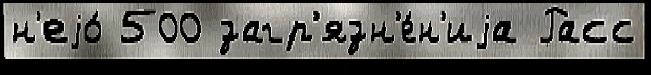
н'еjо́ 500 загр'язн'е́н'иjа Расс